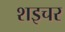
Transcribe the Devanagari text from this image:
शइचर